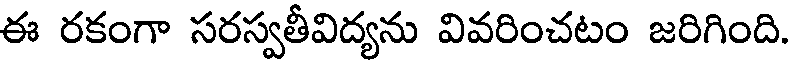
ఈ రకంగా సరస్వతీవిద్యను వివరించటం జరిగింది.